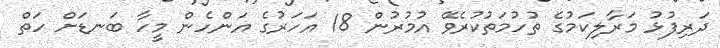
ދަރިފުޅު މަރާލިކަމުގެ ތުހުމަތުކުރެވޭ އުމުރުން 18 އަހަރުގެ އަންހެން މީހާ ބަނޑަށް ހަތް